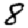
Digit: 8